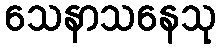
သေနာသနေသု